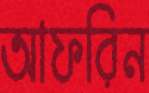
আফরিন